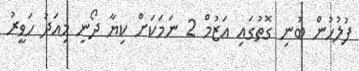
ފުލުހުން ބުނި ގޮތުގައި އަޒުމް 2 ނަމަކަށް ކިޔާ ދޯނި މިއަދު ހަވީރު